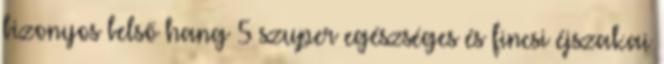
bizonyos belső hang 5 szuper egészséges és fincsi éjszakai